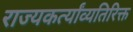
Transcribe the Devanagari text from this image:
राज्यकर्त्यांव्यतिरिक्त